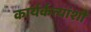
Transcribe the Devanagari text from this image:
कार्यर्कत्यांशी